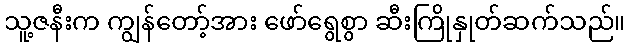
သူ့ဇနီးက ကျွန်တော့်အား ဖော်ရွေစွာ ဆီးကြိုနှုတ်ဆက်သည်။